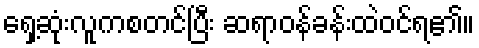
ရှေ့ဆုံးလူကစတင်ပြီး ဆရာဝန်ခန်းထဲဝင်ရ၏။